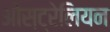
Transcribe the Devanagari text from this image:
ओस्ट्रेलियन